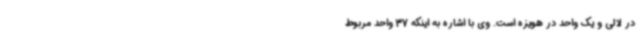
در لالی و یک واحد در هویزه است. وی با اشاره به اینکه 37 واحد مربوط